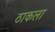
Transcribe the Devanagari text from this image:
ठाकला